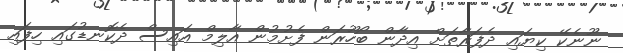
ނޫނެކޭ ކިޔައި ދެފަރާތަށް އިދާން ބޯހޫރަން ފެށުމުން އާލިމް އައިސް ދެކޮނޑުގައި ހިފައި